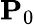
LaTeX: \mathbf{P}_{0}